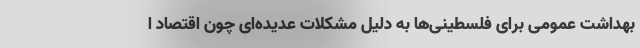
بهداشت عمومی برای فلسطینی‌ها به دلیل مشکلات عدیده‌ای چون اقتصاد ا